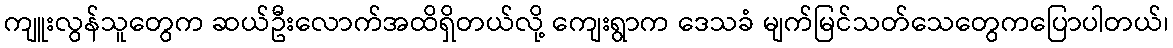
ကျူးလွန်သူတွေက ဆယ်ဦးလောက်အထိရှိတယ်လို့ ကျေးရွာက ဒေသခံ မျက်မြင်သတ်သေတွေကပြောပါတယ်၊